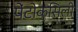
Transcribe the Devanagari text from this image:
पेंटोक्सिली